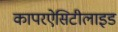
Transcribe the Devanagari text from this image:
कापरऐसिटीलाइड